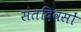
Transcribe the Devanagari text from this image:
संतदिवसों